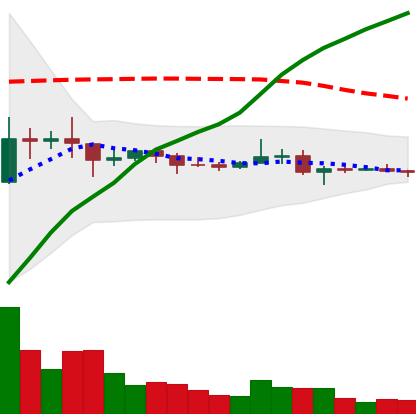
Ticker: XRP-USD
Chart end date: 2021-01-26
Forward return: 83.134%
Label: up_7plus